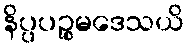
နိပ္ပပဉ္စမဒေသယိ